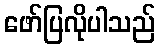
ဖော်ပြလိုပါသည်